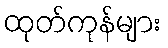
ထုတ်ကုန်များ